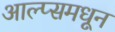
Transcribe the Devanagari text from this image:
आल्प्समधून